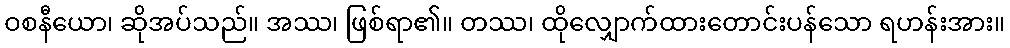
ဝစနီယော၊ ဆိုအပ်သည်။ အဿ၊ ဖြစ်ရာ၏။ တဿ၊ ထိုလျှောက်ထားတောင်းပန်သော ရဟန်းအား။